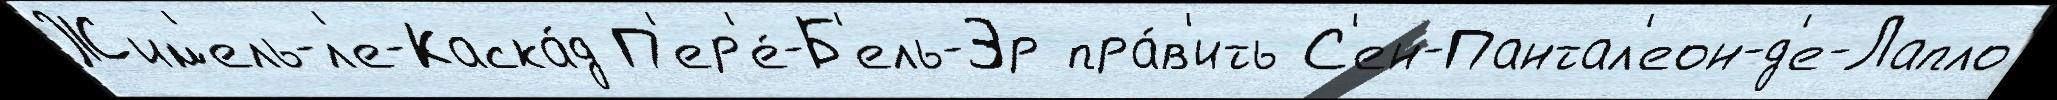
Жим'ель-л'е-Каска́д П'ер'е́-Б'ель-Эр пра́в'ить С'ен-Пантал'еон-д'е-Лапло